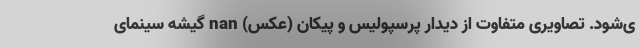
ی‌شود. تصاویری متفاوت از دیدار پرسپولیس و پیکان (عکس) nan گیشه سینمای